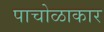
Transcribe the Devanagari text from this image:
पाचोळाकार